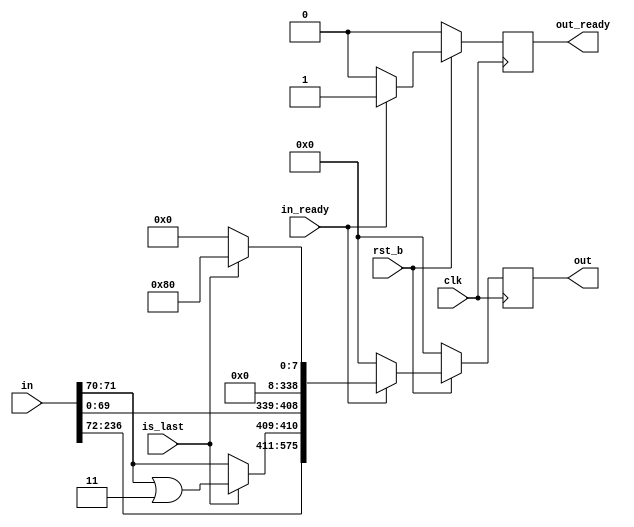
/*
 * Copyright 2013, Homer Hsing <homer.hsing@gmail.com>
 *
 * Licensed under the Apache License, Version 2.0 (the "License");
 * you may not use this file except in compliance with the License.
 * You may obtain a copy of the License at
 *
 * http://www.apache.org/licenses/LICENSE-2.0
 *
 * Unless required by applicable law or agreed to in writing, software
 * distributed under the License is distributed on an "AS IS" BASIS,
 * WITHOUT WARRANTIES OR CONDITIONS OF ANY KIND, either express or implied.
 * See the License for the specific language governing permissions and
 * limitations under the License.
 */

/* "is_last" == 0 means byte number is 4, no matter what value "byte_num" is. */
/* if "in_ready" == 0, then "is_last" should be 0. */
/* the user switch to next "in" only if "ack" == 1. */

module padder #(parameter n = 47, m = 79, digit = 3) (clk, rst_b, in, in_ready, is_last, out, out_ready);
    input                     clk, rst_b;
    input      [m*digit-1:0]  in;
    input                     in_ready, is_last;
    output reg [575:0]        out;         /* to "f_permutation" module */
    output reg                out_ready;   /* to "f_permutation" module */



    parameter PAD_W = 576 - m*digit; 
    parameter LAST_DIGIT =  n%digit != 0 ? n%digit : digit; //remainder(n/digit), digit count for the last memory cell
    parameter NUM_BYTES =  (m*LAST_DIGIT/8) + ((m*LAST_DIGIT%8) != 0); //ceil(m*LAST_DIGIT/8), byte count for valid data in the last memory cell
    
    reg        [PAD_W-1:0]  v1;     /* to be shifted into register "out" */
    reg        [m*digit-1:0] in1;
    reg        [575:0] tmp;
    
    always @ (posedge clk)
      if (~rst_b)
        out <= 0;
      else if (in_ready)
        out <= tmp;
      else 
        out <= 0;  

/*    if (f_ack)  i <= 0; */
/*    if (update) i <= {i[16:0], 1'b1}; // increase length */

    always @ (posedge clk)
      if (~rst_b)
        out_ready <= 0;
      else if (in_ready)
        out_ready <= 1;
      else 
        out_ready <= 0;  

    
    always @ (*)
      begin
        if (~is_last)
          begin
            v1 = {PAD_W{1'd0}}; // add straight '0'
            in1 = in;
            tmp = {in1, v1};
          end
        else
          begin
            v1 = {PAD_W{1'd0}}; // add 0x0600..80
            v1[7] = v1[7] | 1'b1;   
            in1 = in;
            tmp = {in1, v1};
            tmp[576-1-8*NUM_BYTES-5:576-1-8*NUM_BYTES-6] = tmp[576-1-8*NUM_BYTES-5:576-1-8*NUM_BYTES-6] | 2'b11;          
          end
      end

endmodule